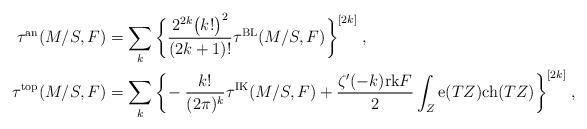
LaTeX: \begin{align*}\tau^\mathrm{an}(M/S,F) & =\sum_k \bigg\{ \frac{2^{2k}\big(k!\big)^2}{(2k+1)!} \tau^\mathrm{BL}(M/S,F) \bigg\}^{[2k]} \;,\\\tau^\mathrm{top}(M/S,F) & =\sum_k \bigg\{ \! - \frac{k!}{(2\pi)^k} \tau^\mathrm{IK}(M/S,F) + \frac{\zeta'(-k)\mathrm{rk}F}{2} \int_Z \mathrm{e}(TZ)\mathrm{ch}(TZ) \bigg\}^{[2k]} \;,\end{align*}